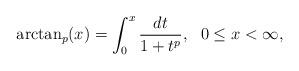
LaTeX: \begin{align*}\arctan_p(x)=\int_{0}^{x}\frac{dt}{1+t^p},~~0\le{x}<\infty,\end{align*}